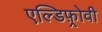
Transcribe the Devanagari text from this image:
एल्डिफ़्रोवी